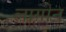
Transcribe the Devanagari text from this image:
लागोन